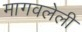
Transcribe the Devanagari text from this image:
मागवलेली